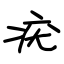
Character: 疣